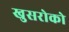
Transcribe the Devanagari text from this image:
खुसरोको